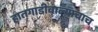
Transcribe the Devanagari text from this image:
हातगाडीवाल्याचाच